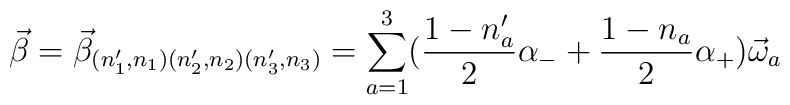
\vec{\beta}=\vec{\beta}_{(n'_{1},n_{1})(n'_{2},n_{2})(n'_{3},n_{3})}=\sum_{a=1}^{3}(\frac{1-n'_{a}}{2}\alpha_{-}+\frac{1-n_{a}}{2}\alpha_{+})\vec{\omega}_{a}